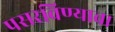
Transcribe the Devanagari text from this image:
पसरविण्याचा